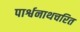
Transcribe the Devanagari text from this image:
पार्श्वनाथचरित